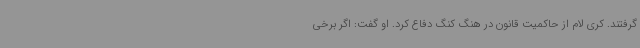
گرفتند. کری لام از حاکمیت قانون در هنگ کنگ دفاع کرد. او گفت: اگر برخی